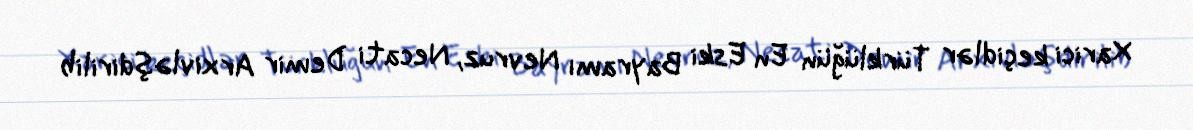
Xarici keçidlər Türklüğün En Eski Bayramı Nevruz, Necati Demir Arxivləşdirilib